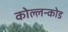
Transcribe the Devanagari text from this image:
कोल्लन्कोड